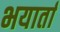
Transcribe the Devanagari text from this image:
भयार्ता